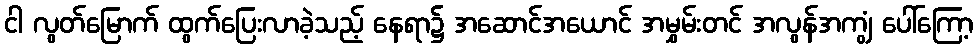
ငါ လွတ်မြောက် ထွက်ပြေးလာခဲ့သည့် နေရာ၌ အဆောင်အယောင် အမွှမ်းတင် အလွန်အကျွံ ပေါ်ကြော့